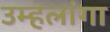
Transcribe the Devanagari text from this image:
उम्हलांगा